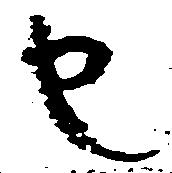
也